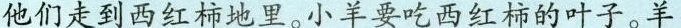
他们走到西红柿地里。小羊要吃西红柿的叶子。羊